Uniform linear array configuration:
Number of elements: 4
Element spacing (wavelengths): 0.75
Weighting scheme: cosine
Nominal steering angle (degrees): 60
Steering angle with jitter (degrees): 59.483
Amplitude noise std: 0.05
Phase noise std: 0.05

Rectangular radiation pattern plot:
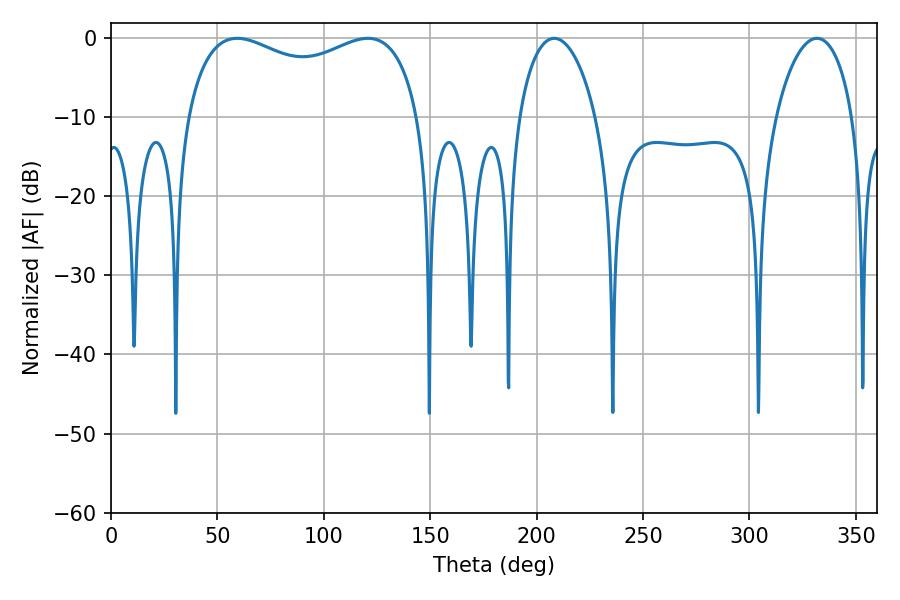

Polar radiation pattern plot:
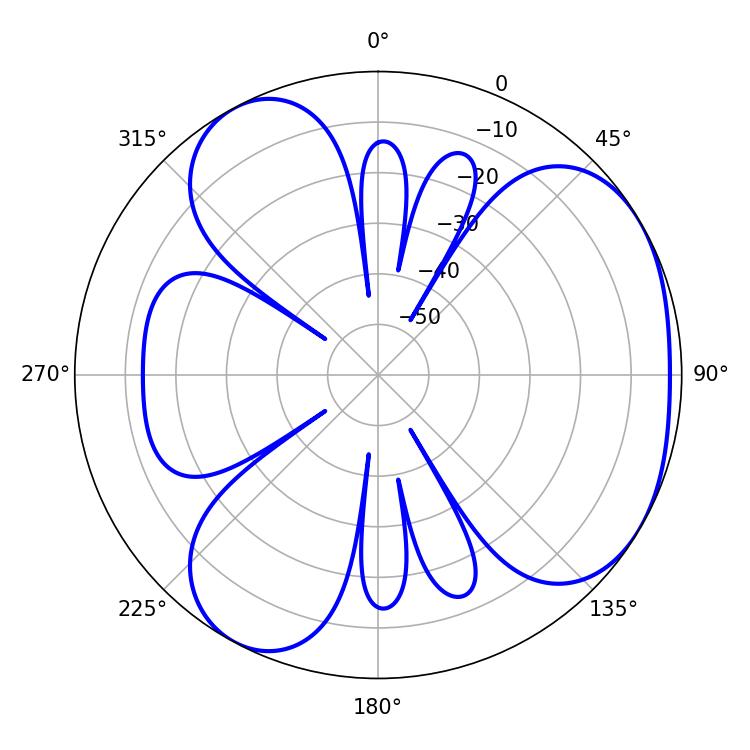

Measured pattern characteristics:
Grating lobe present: TRUE
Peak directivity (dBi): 4.098
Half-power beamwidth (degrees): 20.52
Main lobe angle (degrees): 331.74